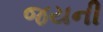
જયની